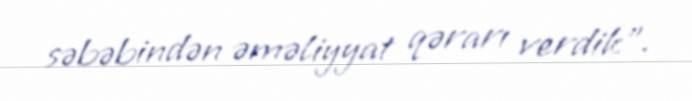
səbəbindən əməliyyat qərarı verdik”.